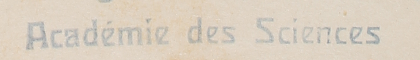
Académie des Sciences